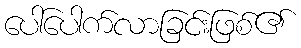
ပေါ်ပေါက်လာခြင်းဖြစ်၏